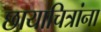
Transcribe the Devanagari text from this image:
छायाचित्रांना